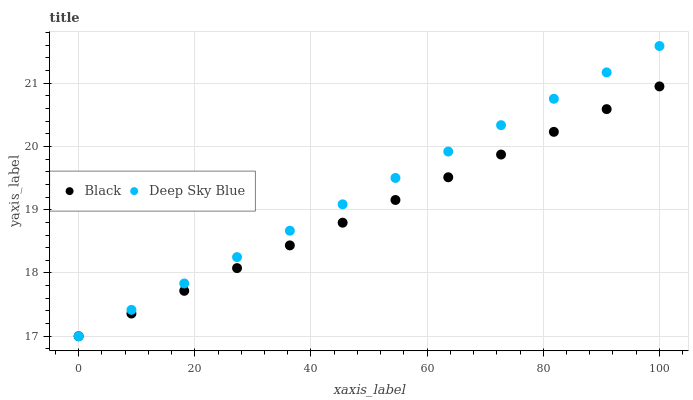
| xaxis_label | Black | Deep Sky Blue |
 | --- | --- | --- |
 | 0 | 17 | 17 |
 | 9.09 | 17.4 | 17.4 |
 | 18.2 | 17.7 | 17.8 |
 | 27.3 | 18.1 | 18.3 |
 | 36.4 | 18.4 | 18.7 |
 | 45.5 | 18.8 | 19.1 |
 | 54.5 | 19.2 | 19.5 |
 | 63.6 | 19.5 | 19.9 |
 | 72.7 | 19.9 | 20.3 |
 | 81.8 | 20.2 | 20.8 |
 | 90.9 | 20.6 | 21.2 |
 | 100 | 20.9 | 21.6 |